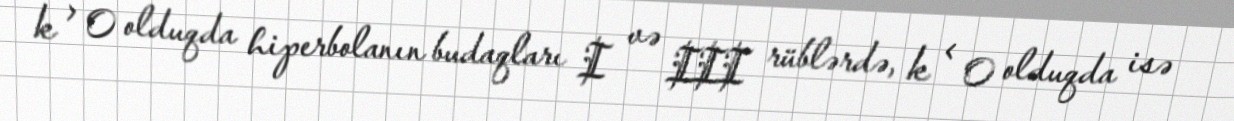
k > 0 olduqda hiperbolanın budaqları I və III rüblərdə, k < 0 olduqda isə